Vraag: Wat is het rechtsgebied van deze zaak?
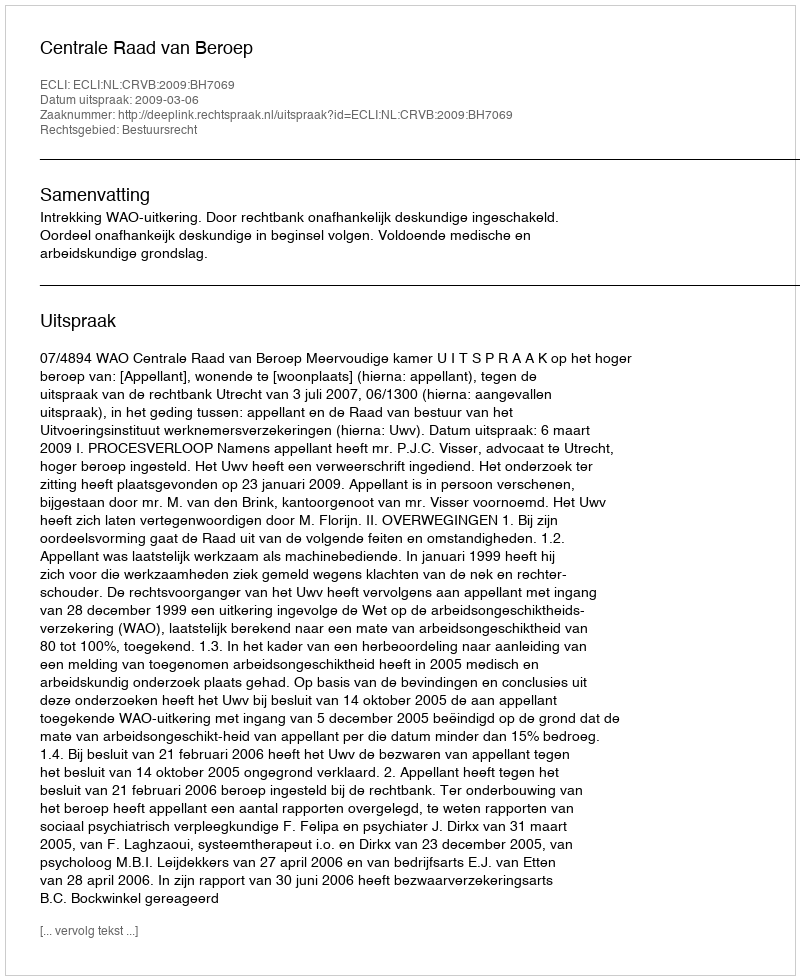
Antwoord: Bestuursrecht